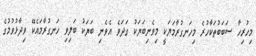
މިހުރިހާ ސަބަބުތަކާހުރެ މިހަނގުރާމަޔަކީ މިވެނިބަޔަކު ގަދަވެ އެވެނި ބަޔަކު ބަލިވި ހަނގުރާމައެކޭ ވިދާޅުވުމުގެ